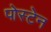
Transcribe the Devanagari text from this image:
पोस्टेन